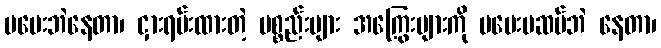
မပေးဘဲနေတာ၊ ငှားရမ်းထားတဲ့ ပစ္စည်းများ အကြွေးများကို မပေးမဆပ်ဘဲ နေတာ၊